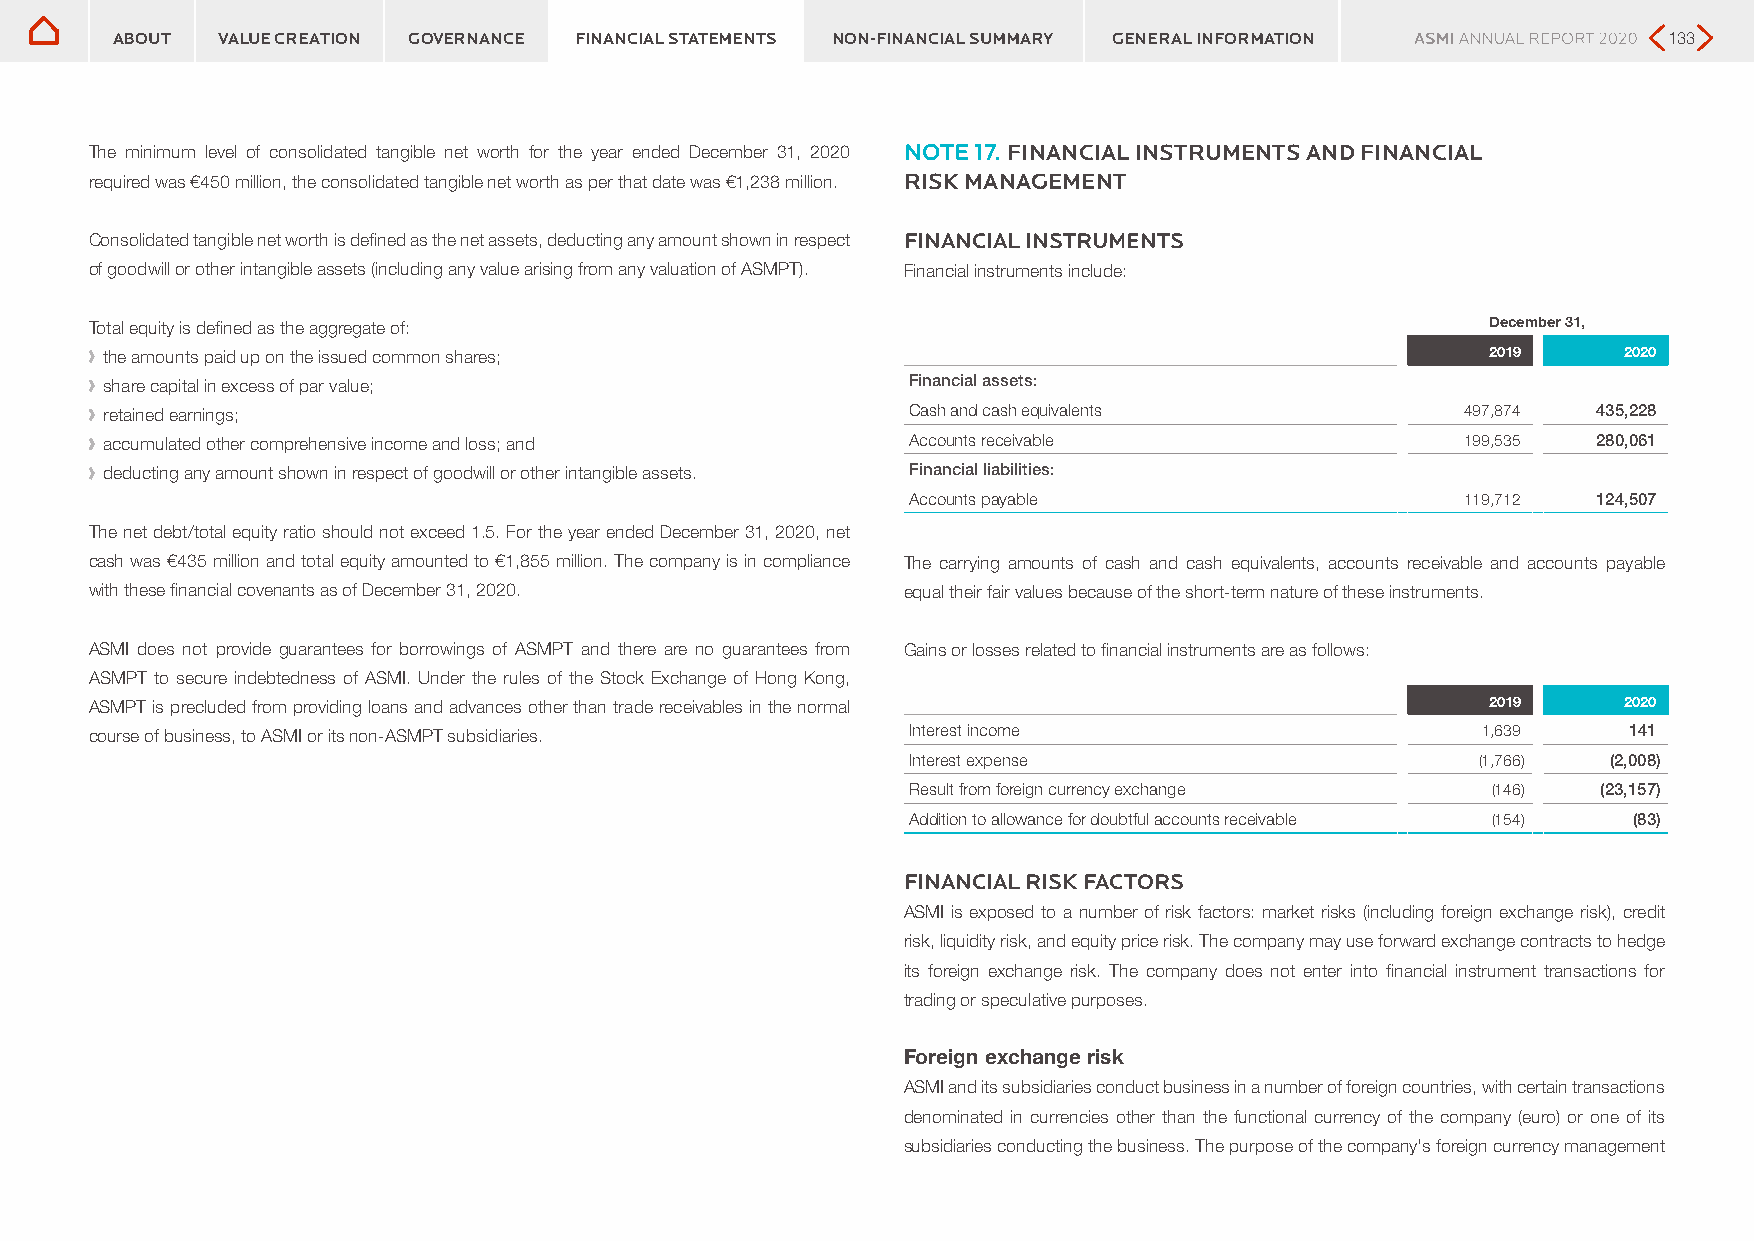
ABOUT  VALUE CREATION GOVERNANCE FINANCIAL STATEMENTS NON-FINANCIAL SUMMARY GENERAL INFORMATION        133
 The minimum level of consolidated tangible net worth for the year ended December 31, 2020 NOTE 17. FINANCIAL INSTRUMENTS AND FINANCIAL
 required was €450 million, the consolidated tangible net worth as per that date was €1,238 million. RISK MANAGEMENT
 Consolidated tangible net worth is defined as the net assets, deducting any amount shown in respect FINANCIAL INSTRUMENTS
 of goodwill or other intangible assets (including any value arising from any valuation of ASMPT). Financial instruments include:
 Total equity is defined as the aggregate of:                                                 December 31,
 ›› the amounts paid up on the issued common shares;                                          2019     2020
 ›› share capital in excess of par value;              Financial assets:
 ›› retained earnings;                                 Cash and cash equivalents            497,874  435,228
 ›› accumulated other comprehensive income and loss; and Accounts receivable                199,535  280,061
 ›› deducting any amount shown in respect of goodwill or other intangible assets. Financial liabilities:
 Accounts payable                     119,712  124,507
 The net debt/total equity ratio should not exceed 1.5. For the year ended December 31, 2020, net
 cash was €435 million and total equity amounted to €1,855 million. The company is in compliance The carrying amounts of cash and cash equivalents, accounts receivable and accounts payable
 with these financial covenants as of December 31, 2020. equal their fair values because of the short-term nature of these instruments.
 ASMI does not provide guarantees for borrowings of ASMPT and there are no guarantees from Gains or losses related to financial instruments are as follows:
 ASMPT to secure indebtedness of ASMI. Under the rules of the Stock Exchange of Hong Kong,
 ASMPT is precluded from providing loans and advances other than trade receivables in the normal 2019  2020
 course of business, to ASMI or its non-ASMPT subsidiaries. Interest income                  1,639     141
 Interest expense                      (1,766)  (2,008)
 Result from foreign currency exchange  (146)  (23,157)
 Addition to allowance for doubtful accounts receivable (154) (83)
 FINANCIAL RISK FACTORS
 ASMI is exposed to a number of risk factors: market risks (including foreign exchange risk), credit
 risk, liquidity risk, and equity price risk. The company may use forward exchange contracts to hedge
 its foreign exchange risk. The company does not enter into financial instrument transactions for
 trading or speculative purposes.
 Foreign exchange risk
 ASMI and its subsidiaries conduct business in a number of foreign countries, with certain transactions
 denominated in currencies other than the functional currency of the company (euro) or one of its
 subsidiaries conducting the business. The purpose of the company's foreign currency management